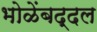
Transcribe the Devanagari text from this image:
भोळेंबद्दल